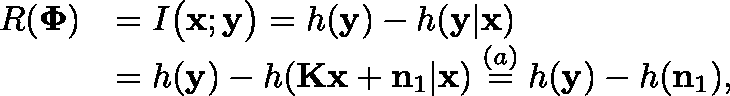
\begin{array} { r l } { R ( \mathbf { \Phi } ) } & { = I \big ( \mathbf { x } ; \mathbf { y } \big ) = h ( \mathbf { y } ) - h ( \mathbf { y } | \mathbf { x } ) } \\ & { = h ( \mathbf { y } ) - h ( \mathbf { K } \mathbf { x } + \mathbf { n } _ { 1 } | \mathbf { x } ) \overset { ( a ) } = h ( \mathbf { y } ) - h ( \mathbf { n } _ { 1 } ) , } \end{array}